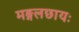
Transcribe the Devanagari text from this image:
मङ्गलछायः